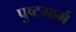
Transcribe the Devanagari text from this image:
पुष्टमार्ग